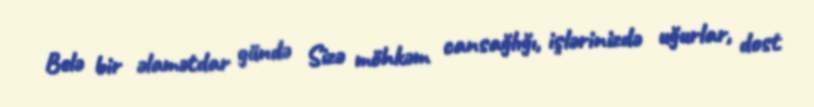
Belə bir əlamətdar gündə Sizə möhkəm cansağlığı, işlərinizdə uğurlar, dost